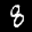
Label: 8